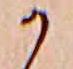
か